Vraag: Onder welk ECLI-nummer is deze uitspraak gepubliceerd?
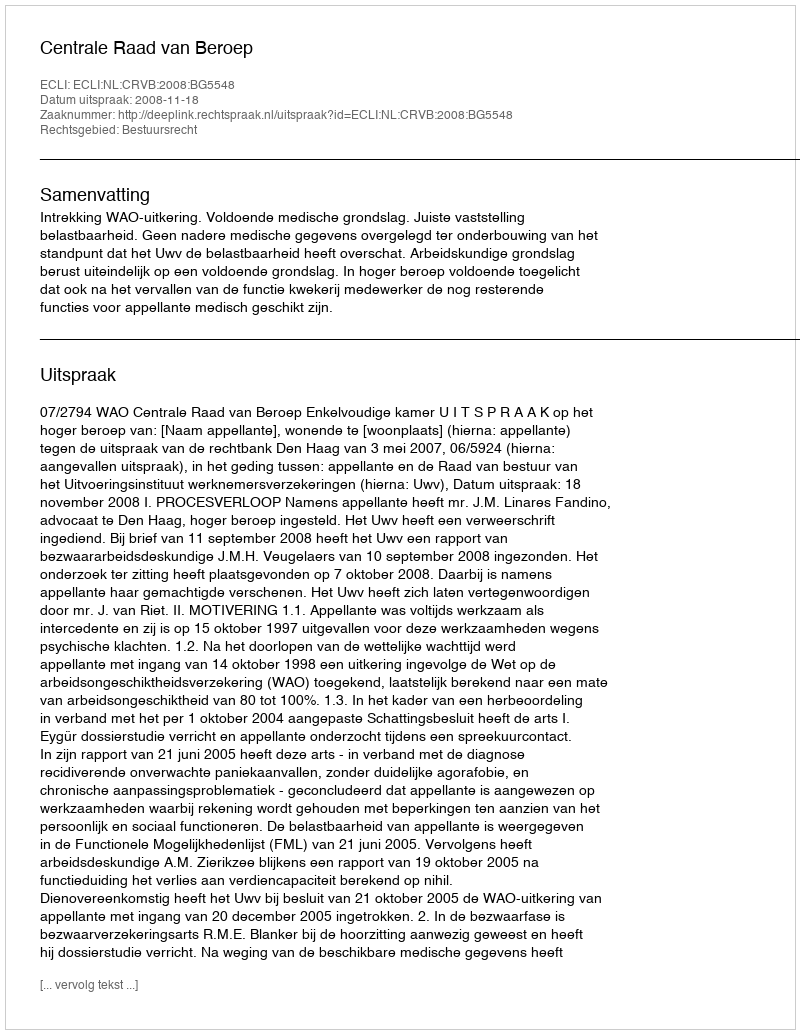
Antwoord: ECLI:NL:CRVB:2008:BG5548